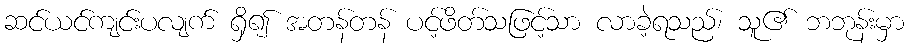
ဆင်ယင်ကျင်းပလျက် ရှိ၍ အတန်တန် ပင့်ဖိတ်သဖြင့်သာ လာခဲ့ရသည်၊ သူ၏ ဘဘုန်းမှာ